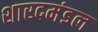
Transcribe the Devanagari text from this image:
शारदमंडल